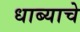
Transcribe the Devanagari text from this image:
धाब्याचे